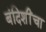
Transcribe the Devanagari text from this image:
बंदिशींचा